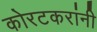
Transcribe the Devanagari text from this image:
कोरटकरांनी